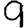
Digit: 9